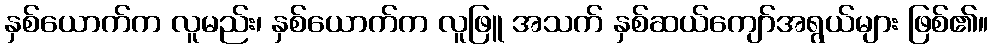
နှစ်ယောက်က လူမည်း၊ နှစ်ယောက်က လူဖြူ အသက် နှစ်ဆယ်ကျော်အရွယ်များ ဖြစ်၏။